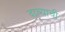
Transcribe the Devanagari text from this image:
दाव्याची